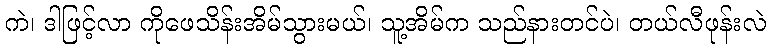
ကဲ၊ ဒါဖြင့်လာ ကိုဖေသိန်းအိမ်သွားမယ်၊ သူ့အိမ်က သည်နားတင်ပဲ၊ တယ်လီဖုန်းလဲ